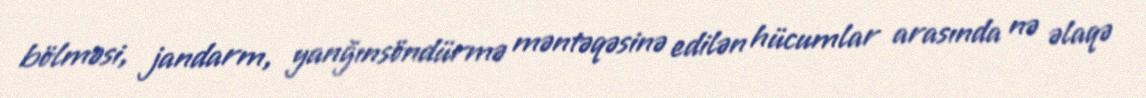
bölməsi, jandarm, yanğınsöndürmə məntəqəsinə edilən hücumlar arasında nə əlaqə